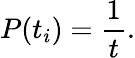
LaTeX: P(t_{i})=\frac{1}{t}.